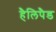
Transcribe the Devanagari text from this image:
हैलिपैड